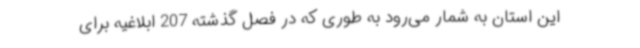
این استان به شمار می‌رود به طوری که در فصل گذشته 207 ابلاغیه برای